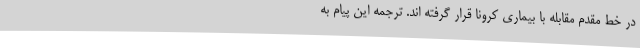
در خط مقدم مقابله با بیماری کرونا قرار گرفته اند. ترجمه این پیام به